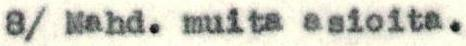
8/ Mahd. muita asioita.